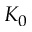
K _ { 0 }